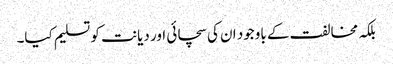
بلکہ مخالفت کے باوجود ان کی سچائی اور دیانت کو تسلیم کیا۔